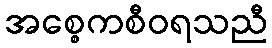
အစ္စေကစီဝရသညီ